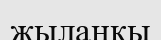
жылаңқы